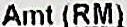
AMT (RM)